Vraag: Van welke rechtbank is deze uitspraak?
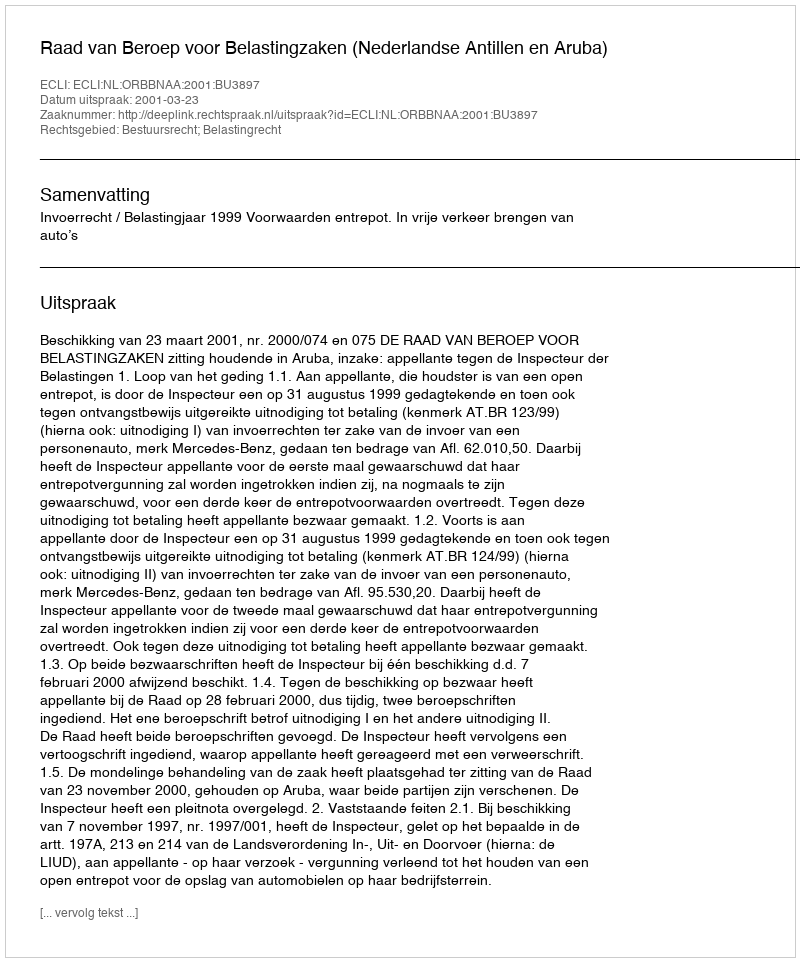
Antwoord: Raad van Beroep voor Belastingzaken (Nederlandse Antillen en Aruba)